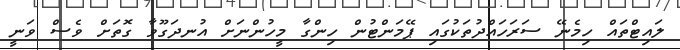
ލައިޓްތައް ހިމެނޭ ސަރަހައްދުތަކުގައި ޕޭމަންޓުން ހިންގާ މީހުންނަށް އުނދަގޫވާ ގޮތަށް ވެސް ވަނީ